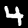
Label: 4